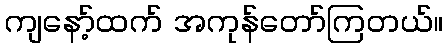
ကျနော့်ထက် အကုန်တော်ကြတယ်။